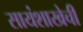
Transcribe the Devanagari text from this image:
सायंशाखेची